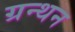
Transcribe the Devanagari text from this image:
ग्रन्थन